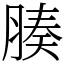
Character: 腠